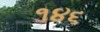
૧૪૬